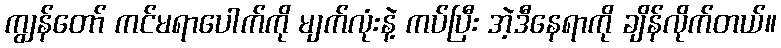
ကျွန်တော် ကင်မရာပေါက်ကို မျက်လုံးနဲ့ ကပ်ပြီး အဲ့ဒီနေရာကို ချိန်လိုက်တယ်။